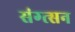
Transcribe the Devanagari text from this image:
संग्त्सन